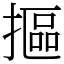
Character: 摳